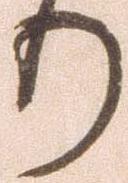
り